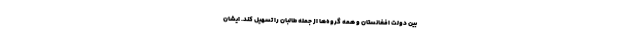
بین دولت افغانستان و همه گروه‌ها از جمله طالبان را تسهیل کند. ایشان